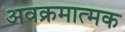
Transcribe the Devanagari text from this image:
अवक्रमात्मक